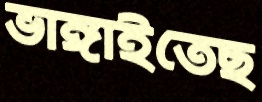
ভাঙ্গাইতেছ